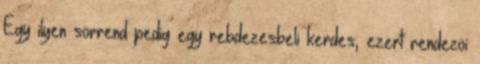
Egy ilyen sorrend pedig egy rebdezesbeli kerdes, ezert rendezoi